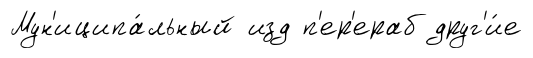
Мун'иципа́льный изд п'ер'ераб друг'и́е